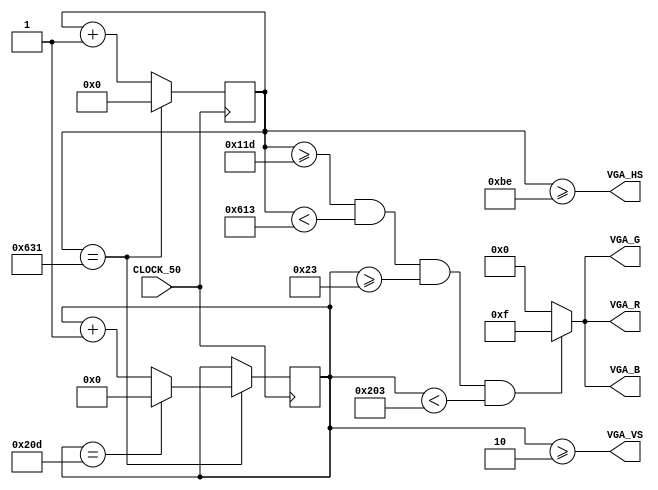
module pvga (
  	input CLOCK_50,
  	output [3:0] VGA_R,
  	output [3:0] VGA_G,
	output [3:0] VGA_B,
 	output VGA_HS,
	output VGA_VS);

reg [10:0] cx = 0;
reg [9:0]  cy = 0;

assign VGA_R = v ? 4'hf : 4'b0;	//cor red
assign VGA_G = v ? 4'hf : 4'b0; //cor green		"h" de hexadecimal "f" valor em hexadecimal
assign VGA_B = v ? 4'hf : 4'b0; //cor blue

wire v = (cx >= 285) & (cx < 1555) & (cy >= 35) & (cy < 515);

assign VGA_HS = cx >= 190;
assign VGA_VS = cy >= 2;

always @(posedge CLOCK_50) begin
	if (cx == 1585) 
    begin
        if (cy == 525) begin
			cy <= 0;
        end
		else 
			cy <= cy + 1;
		cx <= 0;
	end
    else 
    begin
        // cy <= cy;
		cx <= cx + 1;
    end
end


endmodule